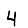
Digit: 4